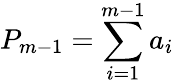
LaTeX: P_{m-1}=\sum_{i=1}^{m-1}a_{i}